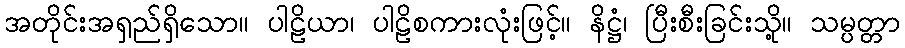
အတိုင်းအရှည်ရှိသော။ ပါဠိယာ၊ ပါဠိစကားလုံးဖြင့်။ နိဋ္ဌံ၊ ပြီးစီးခြင်းသို့။ သမ္ပတ္တာ